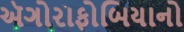
ઍગોરાફોબિયાનો